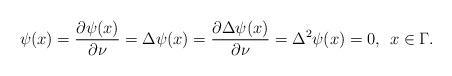
LaTeX: \begin{align*}\psi(x)=\frac{\partial\psi(x)}{\partial\nu}=\Delta\psi(x)=\frac{\partial\Delta\psi(x)}{\partial\nu}=\Delta^2\psi(x)=0,\:\: x\in\Gamma. \end{align*}